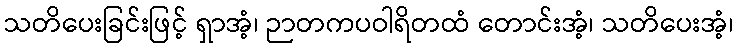
သတိပေးခြင်းဖြင့် ရှာအံ့၊ ဉာတကပဝါရိတထံ တောင်းအံ့၊ သတိပေးအံ့၊